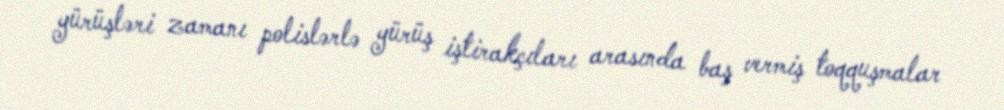
yürüşləri zamanı polislərlə yürüş iştirakçıları arasında baş vermiş toqquşmalar